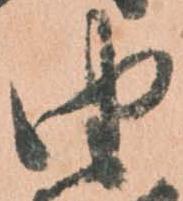
由